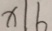
x \vert 6